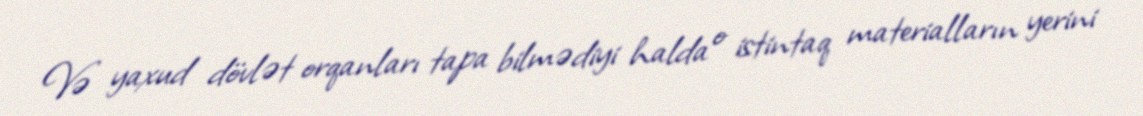
Və yaxud dövlət orqanları tapa bilmədiyi halda o istintaq materialların yerini